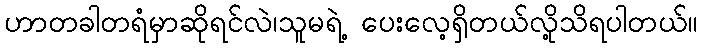
ဟာတခါတရံမှာဆိုရင်လဲ၊သူမရဲ့ ပေးလေ့ရှိတယ်လို့သိရပါတယ်။